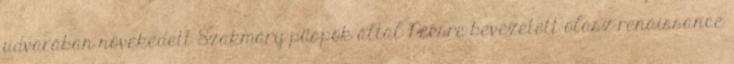
udvarában növekedett Szakmáry püspök által Pécsre bevezetett olasz renaissance